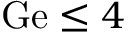
\mathrm { G e } \le 4